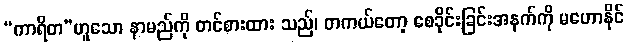
“ကာရိတ”ဟူသော နာမည်ကို တင်စားထား သည်၊ တကယ်တော့ စေခိုင်းခြင်းအနက်ကို မဟောနိုင်